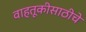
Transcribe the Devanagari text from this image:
वाहतूकीसाठीचे